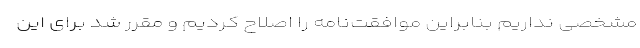
مشخصی نداریم بنابراین موافقت‌نامه را اصلاح کردیم و مقرر شد برای این